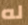
له